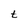
Character: t